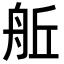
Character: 𮎈